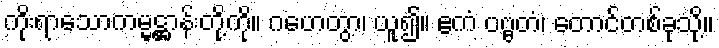
ကိုးရာသောကမ္မဋ္ဌာန်းတို့ကို။ ဂဟေတွာ၊ ယူ၍။ ဧကံ ပဗ္ဗတံ၊ တောင်တစ်ခုသို့။